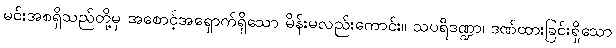
မင်းအစရှိသည်တို့မှ အစောင့်အရှောက်ရှိသော မိန်းမလည်းကောင်း။ သပရိဒဏ္ဍာ၊ ဒဏ်ထားခြင်းရှိသော